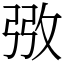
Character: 㢸